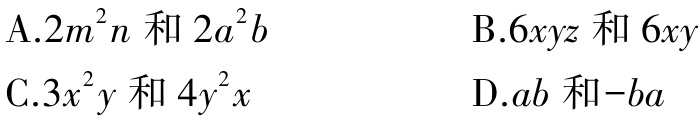
A.$2m^{2}n$和$2a^{2}b$

B.$6xyz$和$6xy$

C.$3x^{2}y$和$4y^{2}x$

D.$ab$和$-ba$